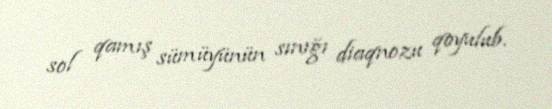
sol qamış sümüyünün sınığı diaqnozu qoyulub.